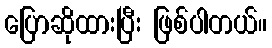
ပြောဆိုထားပြီး ဖြစ်ပါတယ်။